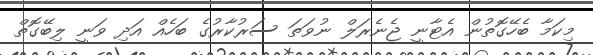
މިކަމާ ބެހޭގޮތުން އެޓާނީ ޖެނެރަލް ނުވަތަ ސަރުކާރުގެ ބަހެއް އަދި ވަނީ ލިބޭގޮތް